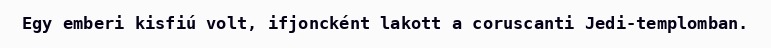
Egy emberi kisfiú volt, ifjoncként lakott a coruscanti Jedi-templomban.